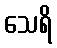
သေရိ